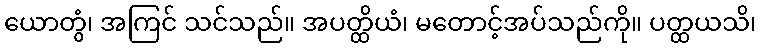
ယောတွံ၊ အကြင် သင်သည်။ အပတ္ထိယံ၊ မတောင့်အပ်သည်ကို။ ပတ္ထယသိ၊